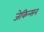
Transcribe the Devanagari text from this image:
जेकिन्सन